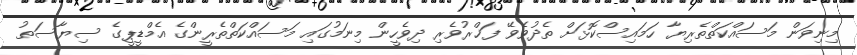
މިނިވަން މަސައްކަތްތެރިޔާ ހަމައިސްކޮޅަށް ތެދުވެވޭ ފަޚްރުވެރި ދިވެހީން މިނަމުގައި މަސައްކަތްތެރީންގެ އެމްޑީޕީގެ ސިޔާސަތު